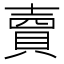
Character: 𧶠